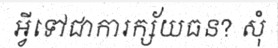
អ្វីទៅជាការក្ស័យធន? សុំ